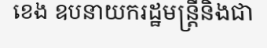
ខេង ឧបនាយករដ្ឋមន្ត្រីនិងជា